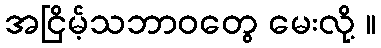
အငြိမ့်သဘာဝတွေ မေးလို့ ။